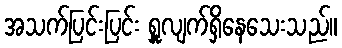
အသက်ပြင်းပြင်း ရှူလျက်ရှိနေသေးသည်။